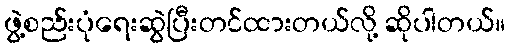
ဖွဲ့စည်းပုံရေးဆွဲပြီးတင်ထားတယ်လို့ ဆိုပါတယ်။